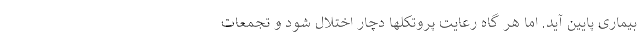
بیماری پایین آید. اما هر گاه رعایت پروتکلها دچار اختلال شود و تجمعات